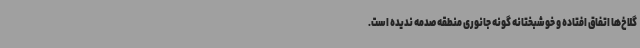
گلاخ‌ها اتفاق افتاده و خوشبختانه گونه جانوری منطقه صدمه ندیده است.